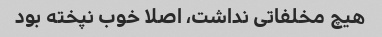
هیچ مخلفاتی نداشت، اصلا خوب نپخته بود